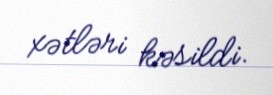
xətləri kəsildi.